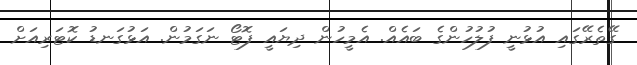
ގޭތެރޭގައި އުޅުނީ ފުލުހުންގެ ބައެއް. އެމީހުން ދިޔައީ ފޮޓޯ ނަގަމުން. އަޅުގަނޑު ކޮޓަރިއަށް